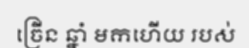
ច្រើន ឆ្នាំ មកហើយ របស់